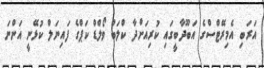
އަރަބި އެމިރޭޓްސްގެ އަބޫދާބީގައި ކުރިއަށްދާ ކްލަބް ވޯލްޑް ކަޕްގެ ފައިނަލް ކުޅޭނީ އަންނަ